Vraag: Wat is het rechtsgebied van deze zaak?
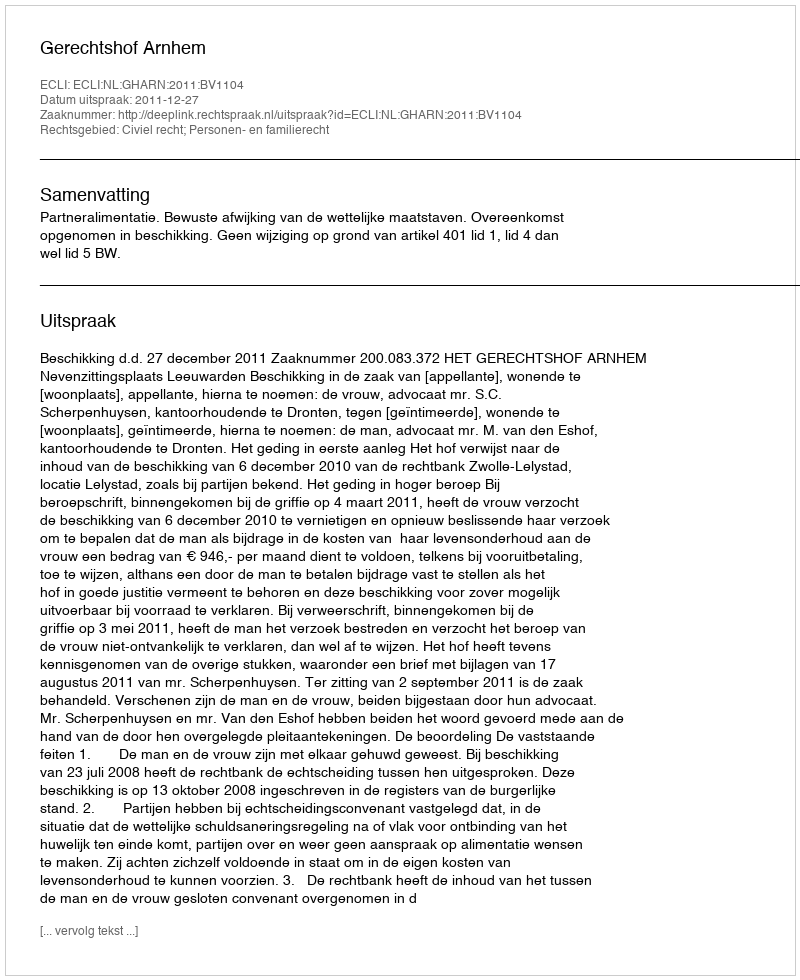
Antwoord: Civiel recht; Personen- en familierecht